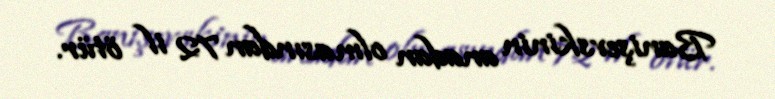
Banişevskinin anadan olmasından 72 il ötür.